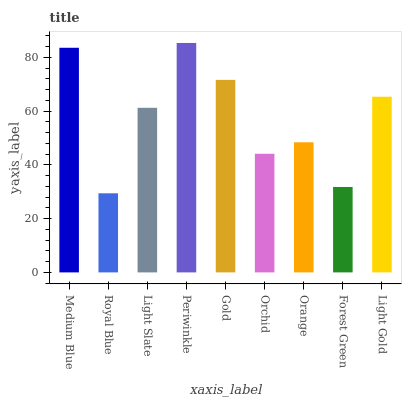
| xaxis_label | bars |
 | --- | --- |
 | Medium Blue | 83.6 |
 | Royal Blue | 29.4 |
 | Light Slate | 61.2 |
 | Periwinkle | 85.3 |
 | Gold | 71.6 |
 | Orchid | 44.1 |
 | Orange | 48.4 |
 | Forest Green | 31.8 |
 | Light Gold | 65.3 |